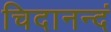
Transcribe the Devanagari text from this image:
चिदानन्दं